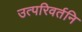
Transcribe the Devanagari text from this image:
उत्परिवर्तनि